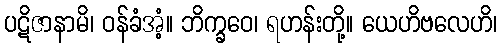
ပဋိဇာနာမိ၊ ဝန်ခံအံ့။ ဘိက္ခဝေ၊ ရဟန်းတို့။ ယေဟိဗလေဟိ၊